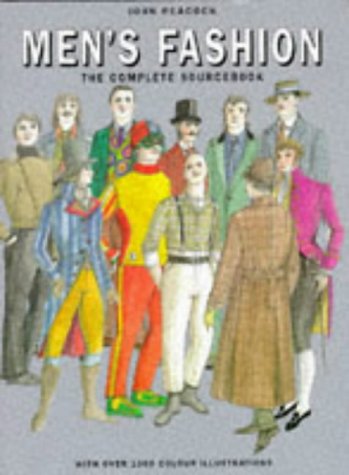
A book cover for Men's Fashion: The Complete Sourcebook; John Peacock; Health, Fitness & Dieting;